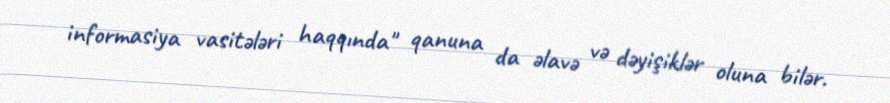
informasiya vasitələri haqqında" qanuna da əlavə və dəyişiklər oluna bilər.